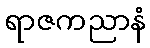
ရာဇကညာနံ